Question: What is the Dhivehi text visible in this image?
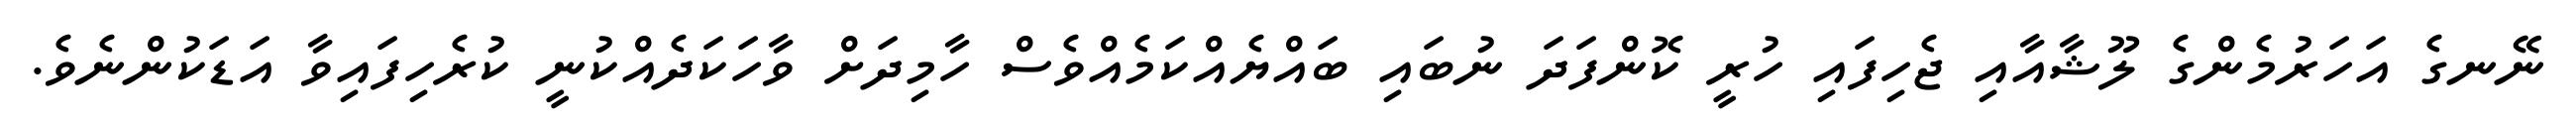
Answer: ނޭނގެ އަހަރުމެންގެ ލޫޝާއާއި ޖެހިފައި ހުރީ ކޮންފަދަ ނުބައި ބައްޔެއްކަމެއްވެސް ހާމިދަށް ވާހަކަދެއްކުނީ ކުރެހިފައިވާ އަޑަކުންނެވެ.